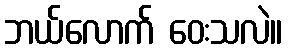
ဘယ်လောက် ဝေးသလဲ။